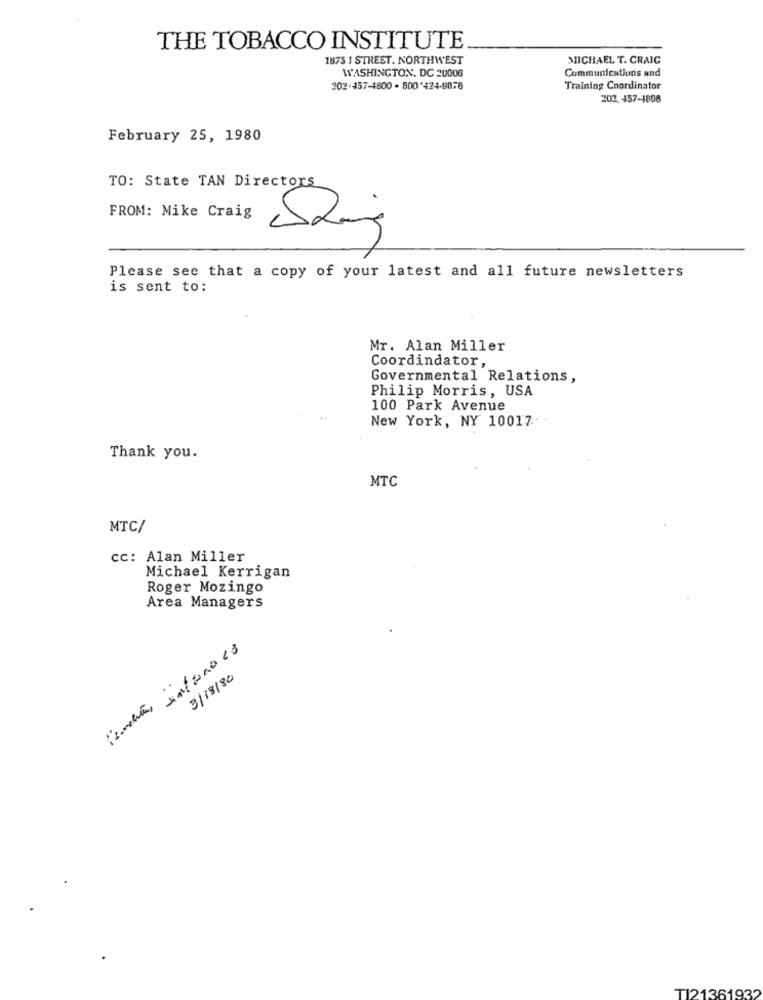
THE TOBACCO INSTITUTE
1875 1 STREET. NORTHWEST
MICHAEL T. CRAIC
WASHINGTON, DC 20006
Communications and
202-457-4800 - 800'424-9876
Training Coordinator
202.457-1898
February 25, 1980
TO: State TAN Directors
FROM: Mike Craig
Please see that a copy of your latest and all future newsletters
is sent to:
Mr. Alan Miller
Coordindator,
Governmental Relations,
Philip Morris, USA
100 Park Avenue
New York, NY 10017-
Thank you.
MTC
MTC/
cc: Alan Miller
Michael Kerrigan
Roger Mozingo
Area Managers
3/18/80
TI21361932